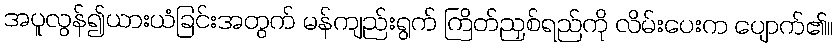
အပူလွန်၍ယားယံခြင်းအတွက် မန်ကျည်းရွက် ကြိတ်ညှစ်ရည်ကို လိမ်းပေးက ပျောက်၏။